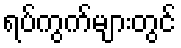
ရပ်ကွက်များတွင်